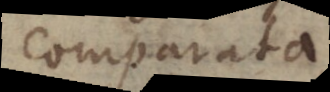
comparata.